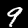
Digit: 9